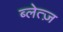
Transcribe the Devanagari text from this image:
ब्लेत्ज़